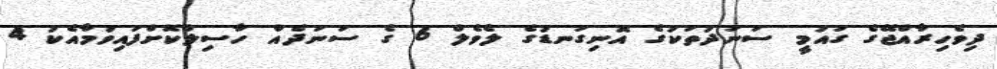
ދިވެހިރާއްޖޭގެ ގައުމީ ސަނަދުތަކުގެ އޮނިގަނޑުގެ ލެވެލް 6 ގެ ސަނަދެއް ހާސިލްކޮށްފައިވުމާއެކު 4